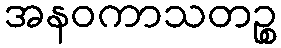
အနဝကာသတဉ္စ